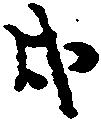
戌